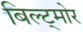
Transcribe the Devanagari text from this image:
बिल्ट्मोर